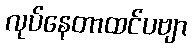
လုပ်နေတာထင်ပဗျာ